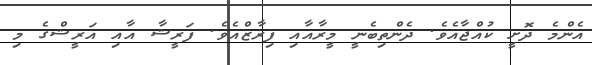
އެންމެ ދޮށީ ކުއްޖާއެވެ. ދެންތިބެނީ މީރާއާއި ފިރާޒްއެވެ. ފަރީޝާ އާއި އަރީޝްގެ މި